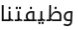
وظيفتنا